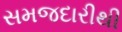
સમજદારીથી